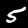
Digit: 5